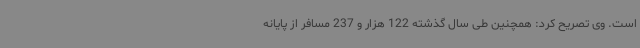
است. وی تصریح کرد: همچنین طی سال گذشته 122 هزار و 237 مسافر از پایانه